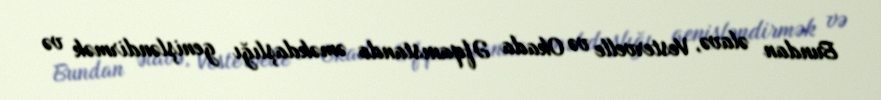
Bundan əlavə, Vestervelle və Okada Əfqanıstanda əməkdaşlığı genişləndirmək və